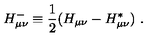
H _ { \mu \nu } ^ { - } \equiv { \frac { 1 } { 2 } } ( H _ { \mu \nu } - H _ { \mu \nu } ^ { * } ) \ .